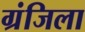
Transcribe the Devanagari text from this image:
ग्रंजिला